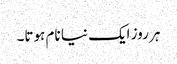
ہر روز ایک نیا نام ہوتا۔